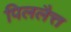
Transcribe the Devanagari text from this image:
पिललैत्त